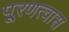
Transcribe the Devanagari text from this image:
पू्रणत्वास